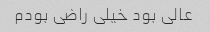
عالی بود خیلی راضی بودم